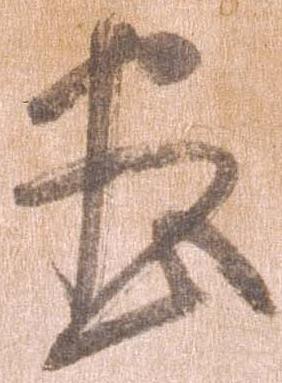
尽